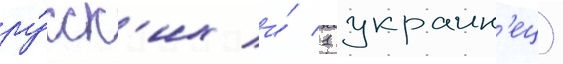
ру́сск'их и́ 1 украин'ец)